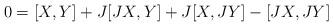
LaTeX: \begin{align*}0 = [X,Y] + J[JX,Y] + J[X,JY] - [JX,JY]\end{align*}